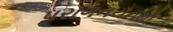
પરાગનયનથી